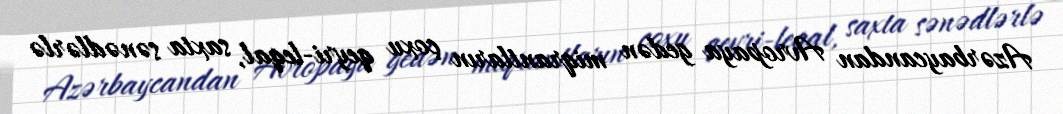
Azərbaycandan Avropaya gedən miqrantların çoxu qeyri-leqal, saxta sənədlərlə